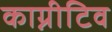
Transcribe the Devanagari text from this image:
काग्नीटिव